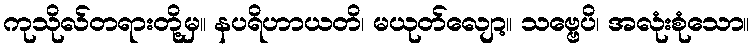
ကုသိုလ်တရားတို့မှ။ နပရိဟာယတိ၊ မယုတ်လျော့။ သဗ္ဗေပိ၊ အလုံးစုံသော။